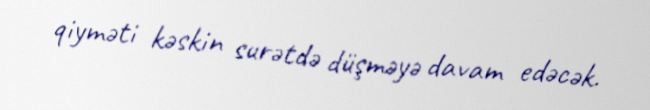
qiyməti kəskin surətdə düşməyə davam edəcək.